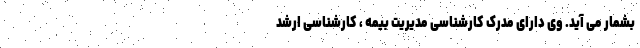
بشمار می آید. وی دارای مدرک کارشناسی مدیریت بیمه ، کارشناسی ارشد